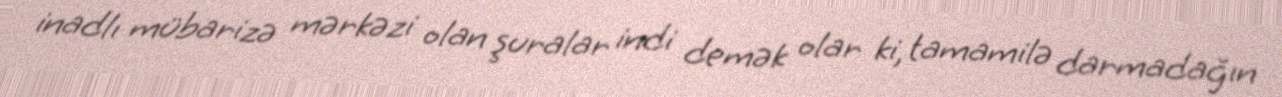
inadlı mübarizə mərkəzi olan şuralar indi demək olar ki, tamamilə darmadağın